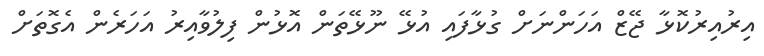
އިރުއިރުކޮޅާ ޖޭޒް އަހަންނަށް ގުޅާފައި އުޅޭ ނޫޅޭތަން އޮޅުން ފިލުވާއިރު އަހަރެން އެގޮތަށް